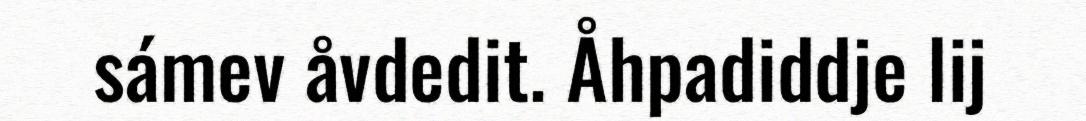
sámev åvdedit. Åhpadiddje lij